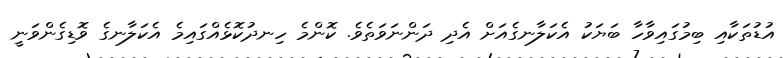
އުޑުތަކާއި ބިމުގައިވާހާ ބަޔަކު އެކަލާނގެއަށް އެދި ދަންނަވަތެވެ. ކޮންމެ ހިނދުކޮޅެއްގައިމެ އެކަލާނގެ ވޮޑިގެންވަނީ